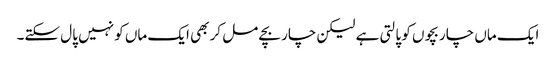
ایک ماں چار بچوں کو پالتی ہے لیکن چار بچے مل کر بھی ایک ماں کو نہیں پال سکتے۔